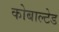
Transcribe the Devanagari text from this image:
कोबाल्टेड